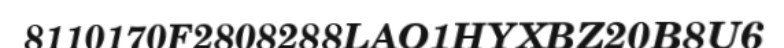
8110170F2808288LAO1HYXBZ20B8U6